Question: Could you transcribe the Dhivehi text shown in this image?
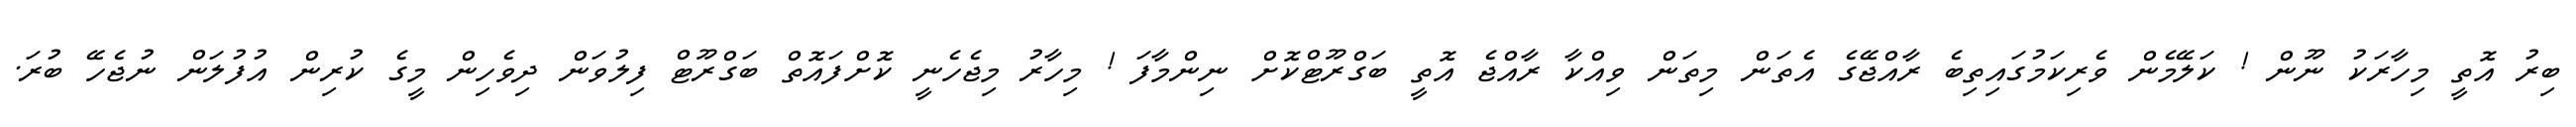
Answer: ބިރު އޮތީ މިހާރަކު ނޫން ! ކަލޭމެން ވެރިކަމުގައިތިބެ ރާއްޖޭގެ އެތަން މިތަން ވިއްކާ ރާއްޖެ އޮތީ ބަގްރޫޓްކޮށް ނިންމާފަ ! މިހާރު މިޖެހެނީ ކޮށްފައޮތް ބަގްރޫޓް ފިލުވަން ދިވެހިން މީގެ ކުރިން އުފުލަން ނުޖެހޭ ބުރަ.